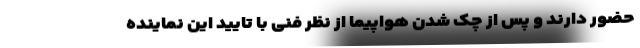
حضور دارند و پس از چک شدن هواپیما از نظر فنی با تایید این نماینده